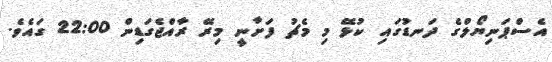
އެސްޕަނިޔޯލްގެ ދަނޑުގައި ކުޅޭ މި މެޗު ފަށާނީ މިރޭ ރާއްޖެގަޑިން 22:00 ގައެވެ.